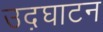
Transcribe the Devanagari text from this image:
उद़घाटन